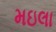
મઇલા